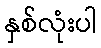
နှစ်လုံးပါ